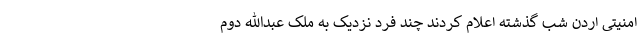
امنیتی اردن شب گذشته اعلام کردند چند فرد نزدیک به ملک عبدالله دوم